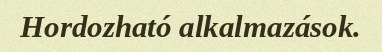
Hordozható alkalmazások.